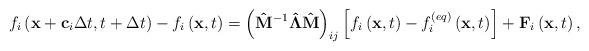
LaTeX: \begin{align*}{f_i}\left( {{\bf{x}} + {{\bf{c}}_i}\Delta t,t + \Delta t} \right) - {f_i}\left( {{\bf{x}},t} \right) = {\left( {{{{\bf{\hat M}}}^{ - 1}}{\bf{\hat \Lambda \hat M}}} \right)_{ij}}\left[ {{f_i}\left( {{\bf{x}},t} \right) - f_i^{\left( {eq} \right)}\left( {{\bf{x}},t} \right)} \right] + {{\bf{F}}_i}\left( {{\bf{x}},t} \right),\end{align*}